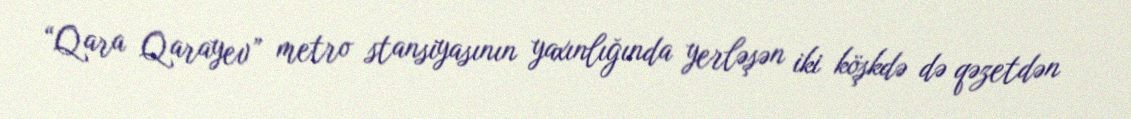
“Qara Qarayev” metro stansiyasının yaxınlığında yerləşən iki köşkdə də qəzetdən